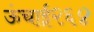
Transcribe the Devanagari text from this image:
ऊंचाई२६४